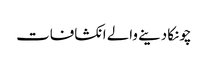
چونکا دینے والے انکشافات